Indian journal of veterinary science and animal husbandry - Volumes 24-25, 1954-1955
Year: 1954
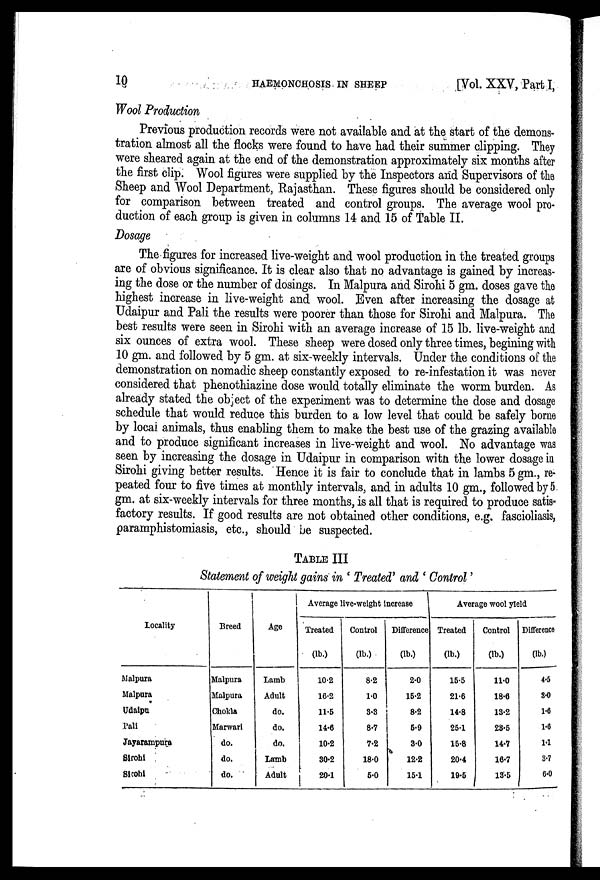
10
HAEMONCHOSIS
IN
SHEEP
[Vol. XXV, Part I,
Wool Production
Previous production records were not available and at the start of the demons-
tration almost all the flocks were found to have had their summer clipping. They
were sheared again at the end of the demonstration approximately six months after
the first clip. Wool figures were supplied by the Inspectors and Supervisors of the
Sheep and Wool Department, Rajasthan. These figures should be considered only
for comparison between treated and control groups. The average wool pro-
duction of each group is given in columns 14 and 15 of Table II.
Dosage
The figures for increased live-weight and wool production in the treated groups
are of obvious significance. It is clear also that no advantage is gained by increas-
ing the dose or the number of dosings. In Malpura and Sirohi 5 gm. doses gave the
highest increase in live-weight and wool. Even after increasing the dosage at
Udaipur and Pali the results were poorer than those for Sirohi and Malpura. The
best results were seen in Sirohi with an average increase of 15 lb. live-weight and
six ounces of extra wool. These sheep were dosed only three times, begining with
10 gm. and followed by 5 gm. at six-weekly intervals. Under the conditions of the
demonstration on nomadic sheep constantly exposed to re-infestation it was never
considered that phenothiazine dose would totally eliminate the worm burden. As
already stated the object of the experiment was to determine the dose and dosage
schedule that would reduce this burden to a low level that could be safely borne
by local animals, thus enabling them to make the best use of the grazing available
and to produce significant increases in live-weight and wool. No advantage was
seen by increasing the dosage in Udaipur in comparison with the lower dosage in
Sirohi giving better results. Hence it is fair to conclude that in lambs 5 gm., re-
peated four to five times at monthly intervals, and in adults 10 gm., followed by 5
gm. at six-weekly intervals for three months, is all that is required to produce satis-
factory results. If good results are not obtained other conditions, e.g. fascioliasis,
paramphistomiasis, etc., should be suspected.
TABLE III
Statement of weight gains in ' Treated ' and ' Control '
Locality
Malpura
Malpura
Udaipur
Pali
Jayarampura
Sirohi
Sirohi
Breed
Malpura
Malpura
Chokia
Marwari
do.
do.
do.
Age
Lamb
Adult
do.
do.
do.
Lamb
Adult
Average live-weight increase
Treated
(lb.)
10.2
16.2
11.5
14.6
10.2
30.2
20.1
Control
(lb.)
8.2
1.0
3.3
8.7
7.2
18.0
5.0
Difference
(lb.)
2.0
15.2
8.2
5.9
3.0
12.2
15.1
Average wool yield
Treated
(lb.)
15.5
21.6
14.8
25.1
15.8
20.4
19.5
Control
(lb.)
11.0
18.6
13.2
23.5
14.7
16.7
13.5
Difference
(lb.)
4.5
3.0
1.6
1.6
1.1
3.7
6.0